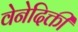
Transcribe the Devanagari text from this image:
वेनेदिक्ती